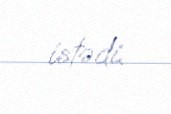
istədi.